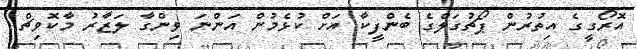
އޮރޯގީގެ އިތުރުން ޕޯޗުގަލްގެ ބެންފީކާ އަށް ކުޅެމުން އަންނަ ވިންގާ ލަޒާރު މާކޮވިޗް